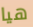
هيا